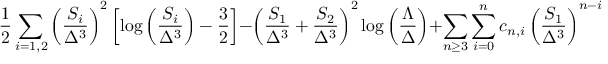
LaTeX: { \frac { 1 } { 2 } } \sum _ { i = 1 , 2 } \left( { \frac { S _ { i } } { \Delta ^ { 3 } } } \right) ^ { 2 } \left[ \log \left( { \frac { S _ { i } } { \Delta ^ { 3 } } } \right) - { \frac { 3 } { 2 } } \right] - \left( { \frac { S _ { 1 } } { \Delta ^ { 3 } } } + { \frac { S _ { 2 } } { \Delta ^ { 3 } } } \right) ^ { 2 } \log \left( { \frac { \Lambda } { \Delta } } \right) + \sum _ { n \geq 3 } \sum _ { i = 0 } ^ { n } c _ { n , i } \left( { \frac { S _ { 1 } } { \Delta ^ { 3 } } } \right) ^ { n - i } \left( { \frac { S _ { 2 } } { \Delta ^ { 3 } } } \right) ^ { i } ,